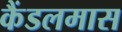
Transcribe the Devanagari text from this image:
कैंडलमास